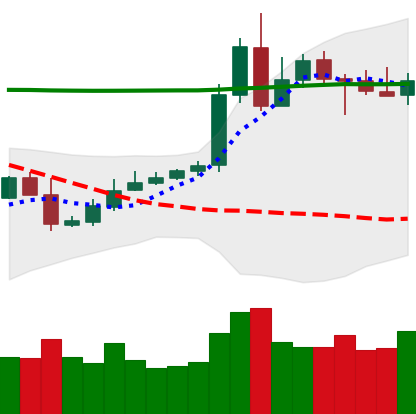
Ticker: XRP-USD
Chart end date: 2020-05-07
Forward return: -9.721%
Label: down_7plus